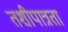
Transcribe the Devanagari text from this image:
तशीपात्रता